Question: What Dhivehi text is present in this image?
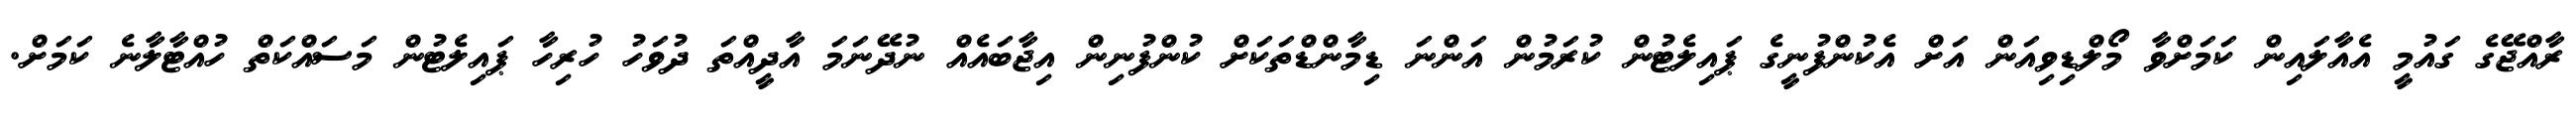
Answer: ރާއްޖޭގެ ގައުމީ އެއާލައިން ކަމަށްވާ މޯލްޑިވިއަން އަށް އެކުންފުނީގެ ޕައިލެޓުން ކުރަމުން އަންނަ ޑިމާންޑްތަކަށް ކުންފުނިން އިޖާބައެއް ނުދޭނަމަ އާދީއްތަ ދުވަހު ހުރިހާ ޕައިލެޓުން މަސައްކަތް ހުއްޓާލާނެ ކަމަށް.